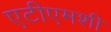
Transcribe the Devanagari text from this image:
एटीएमशी